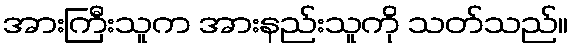
အားကြီးသူက အားနည်းသူကို သတ်သည်။